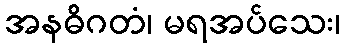
အနဓိဂတံ၊ မရအပ်သေး၊